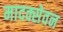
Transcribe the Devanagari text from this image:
मादक्सेवन